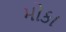
મોકા